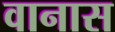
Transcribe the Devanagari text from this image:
वानास